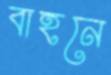
বাহনে